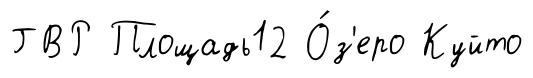
ГВР Площадь12 О́з'еро Куйто